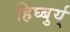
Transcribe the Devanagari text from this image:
हिघ्बुर्य्